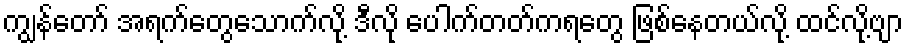
ကျွန်တော် အရက်တွေသောက်လို့ ဒီလို ပေါက်တတ်ကရတွေ ဖြစ်နေတယ်လို့ ထင်လို့ဗျာ